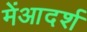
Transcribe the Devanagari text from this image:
मेंआदर्श